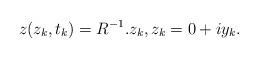
LaTeX: \begin{align*}z(z_k,t_k) = R^{-1}.z_k, z_k = 0 + i y_k.\end{align*}